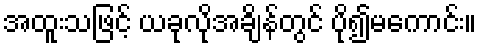
အထူးသဖြင့် ယခုလိုအချိန်တွင် ပို၍မကောင်း။